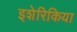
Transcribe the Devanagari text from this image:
इशेरिकिया